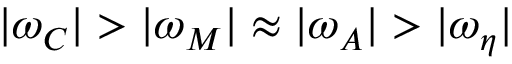
| \omega _ { C } | > | \omega _ { M } | \approx | \omega _ { A } | > | \omega _ { \eta } |